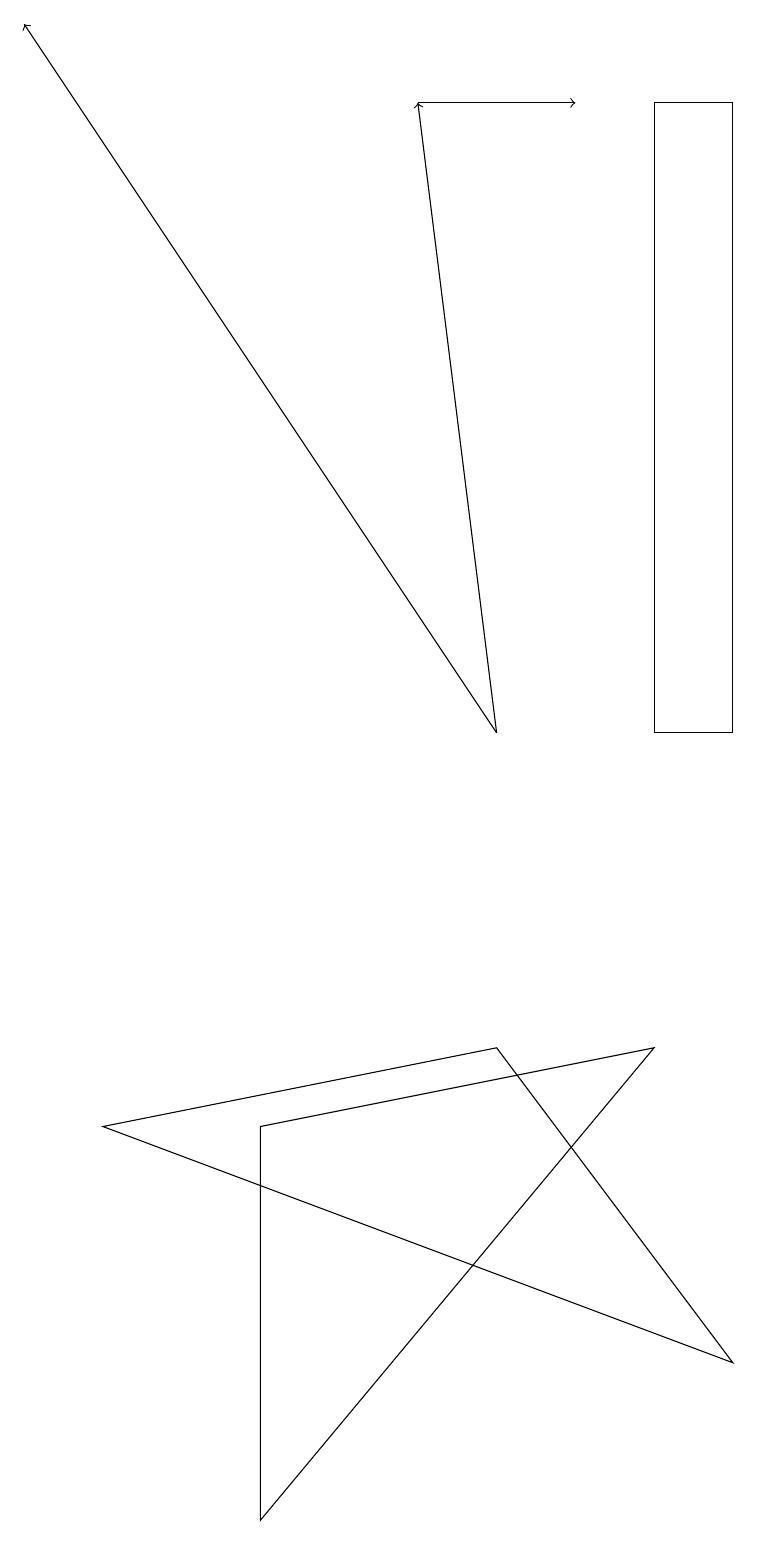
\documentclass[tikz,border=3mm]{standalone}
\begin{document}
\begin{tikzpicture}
\draw[->] (6,10) -- (0,19);
\draw (9,10) rectangle (8,18);
\draw (8,6) -- (3,0) -- (3,5) -- cycle;
\draw[->] (5,18) -- (7,18);
\draw (1,5) -- (9,2) -- (6,6) -- cycle;
\draw[->] (6,10) -- (5,18);
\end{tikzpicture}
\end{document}